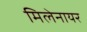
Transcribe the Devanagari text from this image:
मिलेनायर